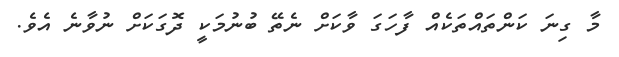
މާ ގިނަ ކަންތައްތަކެއް ފާހަގަ ވާކަށް ނެތޭ ބުނުމަކީ ދޮގަކަށް ނުވާނެ އެވެ.